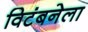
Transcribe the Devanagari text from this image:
विटंबनेला